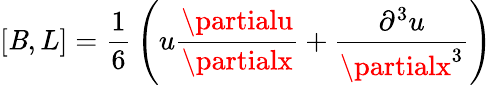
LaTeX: \left[\mathit{B},L\right]={\frac{{1}}{{6}}}\left(u{\frac{{\partialu}}{{\partialx}}}+{\frac{{\partial^{3}u}}{{\partialx^{3}}}}\right)